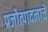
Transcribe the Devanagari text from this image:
प्रजोत्पादनाचे